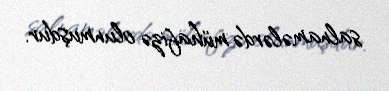
salnamələrdə mühafizə olunmuşdur.